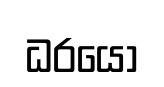
ධරයො